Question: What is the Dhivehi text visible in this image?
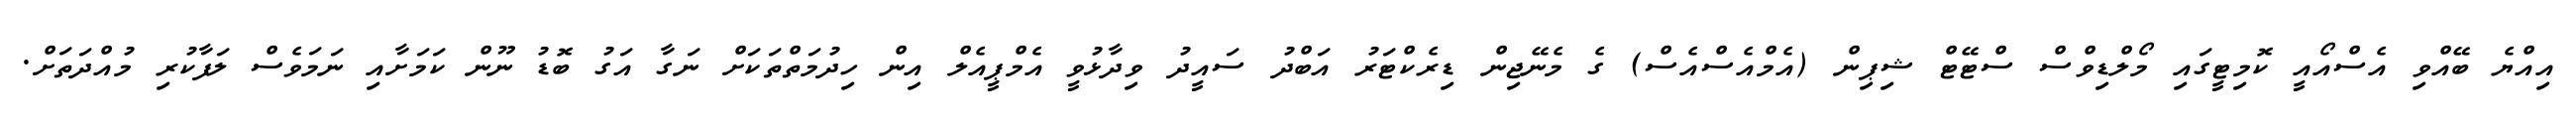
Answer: އިއްޔެ ބޭއްވި އެސްއޯއީ ކޮމިޓީގައި މޯލްޑިވްސް ސްޓޭޓް ޝިޕިން (އެމްއެސްއެސް) ގެ މެނޭޖިން ޑިރެކްޓަރު އަބްދު ސައީދު ވިދާޅުވީ އެމްޕީއެލް އިން ހިދުމަތްތަކަށް ނަގާ އަގު ބޮޑު ނޫން ކަމަށާއި ނަމަވެސް ލަފާކުރި މުއްދަތަށް.